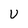
Character: V